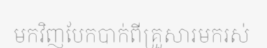
មកវិញបែកបាក់ពីគ្រួសារមករស់